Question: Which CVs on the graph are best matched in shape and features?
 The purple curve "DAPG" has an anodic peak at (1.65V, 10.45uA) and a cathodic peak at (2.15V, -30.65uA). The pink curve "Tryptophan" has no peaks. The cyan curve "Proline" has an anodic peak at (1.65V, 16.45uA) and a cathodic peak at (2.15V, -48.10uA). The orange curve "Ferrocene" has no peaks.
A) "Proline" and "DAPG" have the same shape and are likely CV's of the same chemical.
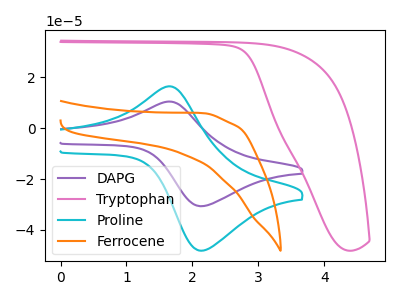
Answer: <think>"DAPG" and "Tryptophan" have a different number of peaks. All the peaks in "DAPG" have a peak in "Proline" at the same potential. Every peak in "DAPG" is lower than every peak in "Proline". "DAPG" and "Ferrocene" have a different number of peaks. "Tryptophan" and "Proline" have a different number of peaks. Neither "Tryptophan" or "Ferrocene" have any peaks. "Proline" and "Ferrocene" have a different number of peaks.
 </think>
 <answer>A) "Proline" and "DAPG" have the same shape and are likely CV's of the same chemical.</answer>
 <eval>A</eval>